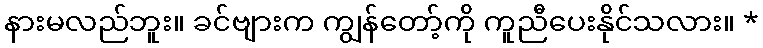
နားမလည်ဘူး။ ခင်ဗျားက ကျွန်တော့်ကို ကူညီပေးနိုင်သလား။ *